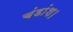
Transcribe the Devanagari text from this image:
चंडांश।